Annual report of the Civil Veterinary Department, Bengal, for the year 1897-98 - 1897-1898
Year: 1897
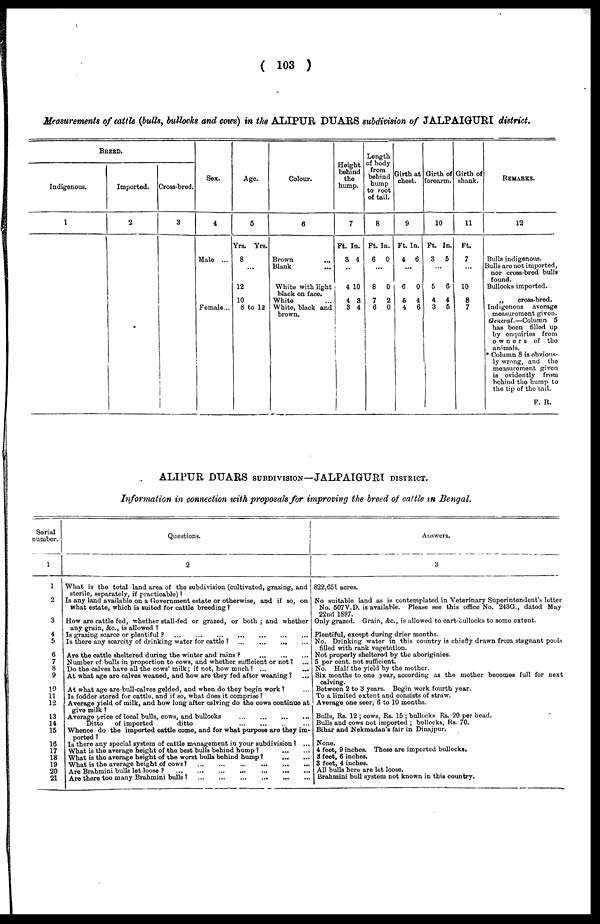
(103)
Measurements of cattle (bulls, bullocks and cows) in the ALIPUR DUARS subdivision of JALPAIGURI district.
BREED.
Indigenous.
1
Imported.
2
Cross-bred.
3
|
Sex.
4
Male ...
Female...
Age.
5
Yrs. Yrs.
8
...
12
10
8 to 12
Colour.
6
Brown ...
Blank ...
White with light
black on face.
White ...
White, black and
brown.
Height
behind
the
hump.
7
Ft. In.
3 4
...
4 10
4 3
3 4
Length
of body
from
behind
hump
to root
of tail.
8
Ft. In.
6
0
...
8
0
7
2
6
0
Girth at
chest.
9
Ft. In.
4
6
...
6
0
5
4
4
6
Girth of
forearm.
10
Ft. In.
3
5
...
5
6
4
4
3
5
Girth of
shank.
11
Ft.
7
...
10
8
7
REMARKS.
12
Bulls indigenous.
Bulls are not imported,
nor cross-bred bulls
found.
Bullocks imported.
„
cross-bred.
Indigenous
average
measurement given.
General.—Column
5
has been filled up
by enquiries from
owners of the
animals.
* Column 8 is obvious-
ly wrong, and the
measurement given
is evidently from
behind the hump to
the tip of the tail.
F. R.
ALIPUR DUARS SUBDIVISION—JALPAIGURI DISTRICT.
Information in connection with proposals for improving the breed of cattle in Bengal.
Serial
number.
1
1
2
3
4
5
6
7
8
9
10
11
12
13
14
15
16
17
18
19
20
21
Questions.
2
What is the total land area of the subdivision (cultivated, grazing, and
sterile, separately, if practicable)?
Is any land available on a Government estate or otherwise, and if so, on
what estate, which is suited for cattle breeding?
How are cattle fed, whether stall-fed or grazed, or both; and whether
any grain, &c., is allowed?
Is grazing scarce or plentiful?
...
...
...
...
...
...
Is there any scarcity of drinking water for cattle?
...
...
...
...
Are the cattle sheltered during the winter and rains?
...
...
...
Number of bulls in proportion to cows, and whether sufficient or not? ...
Do the calves have all the cows' milk; if not, how much? ... ...
At what age are calves weaned, and how are they fed after weaning? ...
At what age are-bull-calves gelded, and when do they begin work? ...
Is fodder stored for cattle, and if so, what does it comprise?
Average yield of milk, and how long after calving do the cows continue at
give milk?
Average price of local bulls, cows, and bullocks
...
...
...
...
Ditto
of imported
ditto
...
...
...
...
Whence do the imported cattle come, and for what purpose are they imported?
Is there any special system of cattle management in your subdivision? ...
What is the average height of the best bulls behind hump?
...
...
What is the average height of the worst bulls behind hump?
...
...
What is the average height of cows?
...
...
...
...
...
...
Are Brahmini bulls let loose?
...
...
...
...
...
...
Are there too many Brahmini bulls?
...
...
...
...
...
...
Answers.
3
822,651 acres.
No suitable land as is contemplated in Veterinary Superintendent's letter
No. 507V. D. is available. Please see this office No. 243G., dated May
22nd 1897.
Only grazed. Grain, &c, is allowed to cart-bullocks to some extent.
Plentiful, except during drier months.
No. Drinking water in this country is chiefly drawn from stagnant pools
filled with rank vegetation.
Not properly sheltered by the aboriginies.
5 per cent. not sufficient.
No. Half the yield by the mother.
Six months to one year, according as the mother becomes full for next calving.
Between 2 to 3 years. Begin work fourth year.
To a limited extent and consists of straw.
Average one seer, 6 to 10 months.
Bulls, Rs. 12; cows, Rs. 15; bullocks Rs. 20 per bead.
Bulls and cows not imported; bullocks, Rs. 70.
Bihar and Nekmadan's fair in Dinajpur.
None.
4 feet, 9 inches. These are imported bullocks,
3 feet, 6 inches.
3 feet, 4 inches.
All bulls here are let loose.
Brahmini bull system not known in this country.